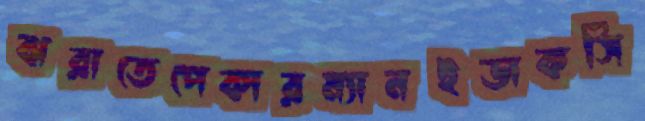
ঝরাতেপেকারম্যানইডাকসি